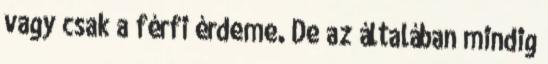
vagy csak a férfi érdeme. De az általában mindig